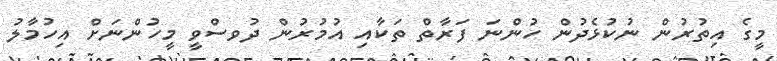
މީގެ އިތުރުން ނުކުޅެދުން ހުންނަ ފަރާތް ތަކާއި އުމުރުން ދުވސްވީ މީހުންނަށް އިހުމާލު